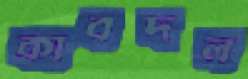
কাবদল